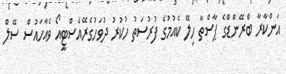
އަންކާރާ ބްރޭންޑްގެ ޕާސްތާ ހިލޭ ކެއުމުގެ ފުރުސަތު ހުކުރު ދުވަހުގެރޭއެސްޓީއޯ ވެއާހައުސް ސޭލް